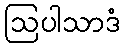
ဩပါသာဒံ